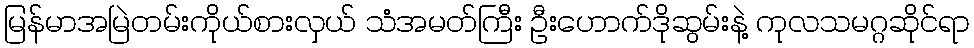
မြန်မာအမြဲတမ်းကိုယ်စားလှယ် သံအမတ်ကြီး ဦးဟောက်ဒိုဆွမ်းနဲ့ ကုလသမဂ္ဂဆိုင်ရာ